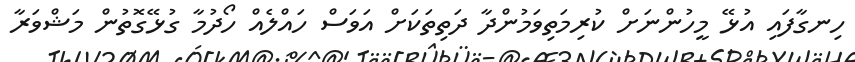
ހިނގާފައި އުޅޭ މީހުންނަށް ކުރިމަތިވަމުންދާ ދަތިތަކަށް އަވަސް ހައްލެއް ހޯދުމާ ގުޅޭގޮތުން މަޝްވަރާ